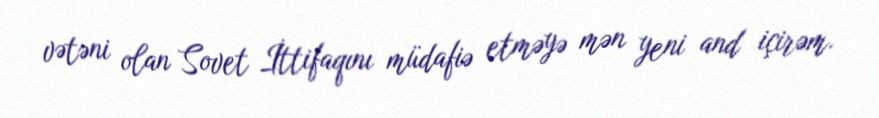
vətəni olan Sovet İttifaqını müdafiə etməyə mən yeni and içirəm.